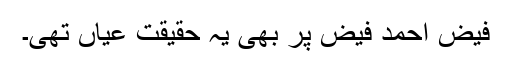
فیض احمد فیض پر بھی یہ حقیقت عیاں تھی۔